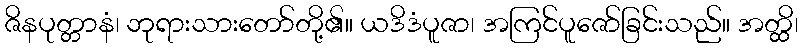
ဇိနပုတ္တာနံ၊ ဘုရားသားတော်တို့၏။ ယဒိဒံပူဇာ၊ အကြင်ပူဇော်ခြင်းသည်။ အတ္ထိ၊